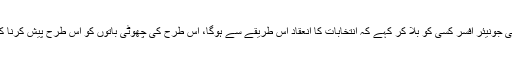
انہوںنے کہاکہ یہ تاثر غلط ہے کہ کوئی جونیئر افسر کسی کو بلا کر کہے کہ انتخابات کا انعقاد اس طریقے سے ہوگا، اس طرح کی چھوٹی باتوں کو اس طرح پیش کرنا کہ دھاندلی ہوگئی تو ایسا بالکل نہیں ہے۔